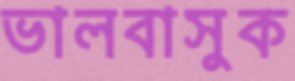
ভালবাসুক